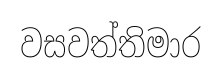
වසවත්තිමාර